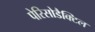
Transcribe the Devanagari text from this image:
पेरिसोडैक्टिल